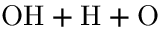
\mathrm { O H + H + O }